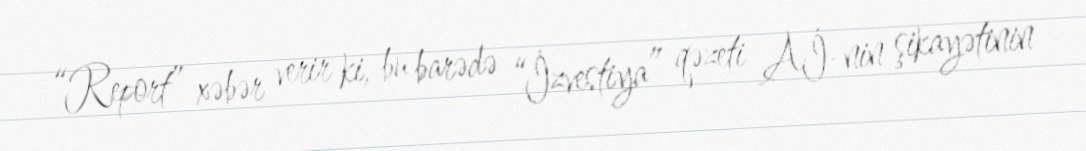
“Report” xəbər verir ki, bu barədə “İzvestiya” qəzeti Aİ-nin şikayətinin